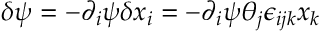
\delta \psi = - \partial _ { i } \psi \delta x _ { i } = - \partial _ { i } \psi \theta _ { j } \epsilon _ { i j k } x _ { k }